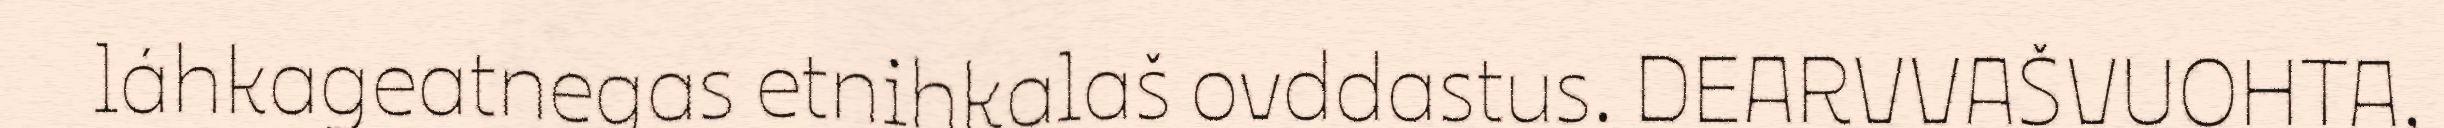
láhkageatnegas etnihkalaš ovddastus. DEARVVAŠVUOHTA,